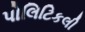
પોલિટિકલી